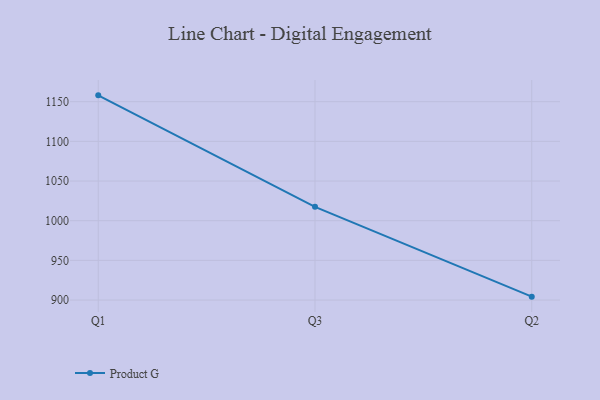
{"axis": {"x": "Quarter", "y": "Waste Production (Tons)"}, "legend": ["Product G"], "data": [{"x": "Q1", "y": 1158.0, "type": "Product G"}, {"x": "Q3", "y": 1017.5, "type": "Product G"}, {"x": "Q2", "y": 904.3, "type": "Product G"}]}